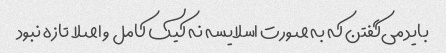
باید می‌گفتن که به صورت اسلایسه نه کیک کامل و اصلا تازه نبود